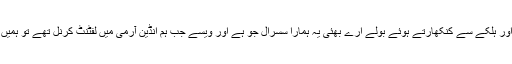
اپنے خاص انداز میں مسکراتے اور ہلکے سے کنکھارتے ہوئے بولے ارے بھئی یہ ہمارا سسرال جو ہے اور ویسے جب ہم انڈین آرمی میں لفٹنٹ کرنل تھے تو ہمیں ایم بی ای کا اعزاز بھی ملا ہے۔